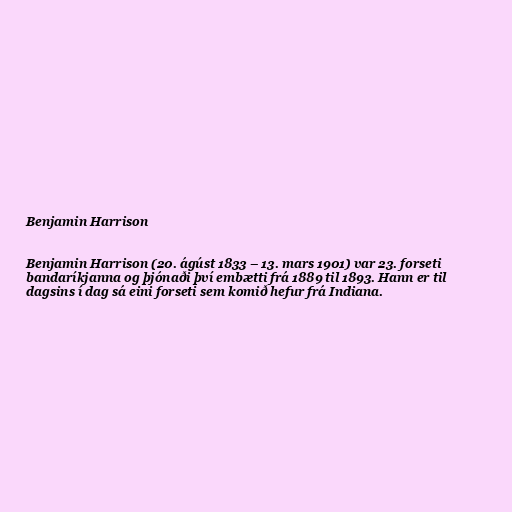
Benjamin Harrison

Benjamin Harrison (20. ágúst 1833 – 13. mars 1901) var 23. forseti
bandaríkjanna og þjónaði því embætti frá 1889 til 1893. Hann er til
dagsins í dag sá eini forseti sem komið hefur frá Indiana.